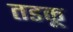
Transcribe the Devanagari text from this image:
तडकू